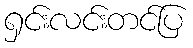
ရှင်းလင်းတင်ပြ